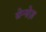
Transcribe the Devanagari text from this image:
सेन्सेज़